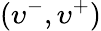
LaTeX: (\upsilon^{-},\upsilon^{+})